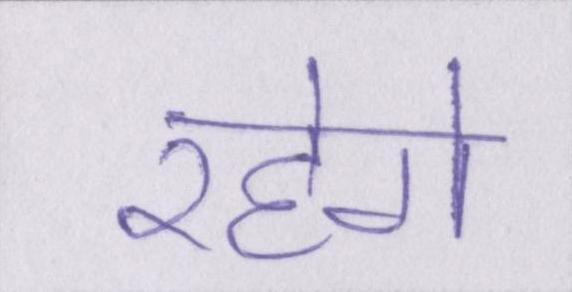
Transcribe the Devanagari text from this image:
रहेगे